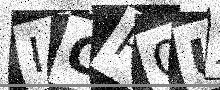
Text: ICP0UA